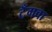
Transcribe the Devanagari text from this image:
टँगवा